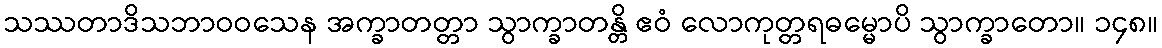
သဿတာဒိသဘာဝဝသေန အက္ခာတတ္တာ သွာက္ခာတန္တိ ဧဝံ လောကုတ္တရဓမ္မောပိ သွာက္ခာတော။ ၁၄၈။